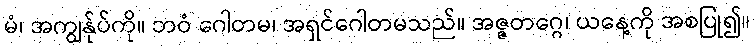
မံ၊ အကျွန်ုပ်ကို။ ဘဝံ ဂေါတမ၊ အရှင်ဂေါတမသည်။ အဇ္ဇတဂ္ဂေ၊ ယနေ့ကို အစပြု၍။